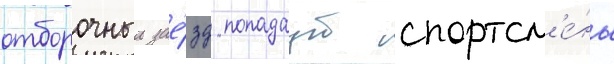
отборочныи зае́зд попадаут спортсм'е́ны